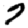
Digit: 7